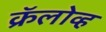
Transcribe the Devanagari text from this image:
क्रॅलोव्ह